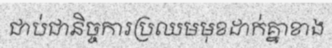
ជាប់ជានិច្ចការប្រឈមមុខដាក់គ្នាខាង